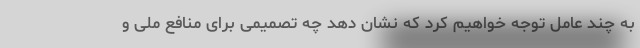
به چند عامل توجه خواهیم کرد که نشان دهد چه تصمیمی برای منافع ملی و